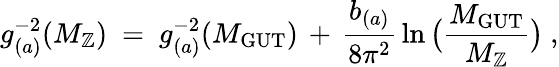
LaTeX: g_{(a)}^{-2}(M_{\mathbb{Z}})\ =\ g_{(a)}^{-2}(M_{\mathrm{{GUT}}})\, +\, \frac{{b_{(a)}}}{{8\pi^{2}}}\, \ln\big(\frac{{M_{\mathrm{{GUT}}}}}{{M_{\mathbb{Z}}}}\big)\ ,